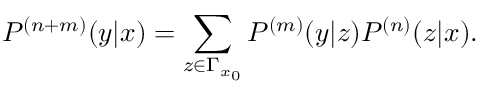
P ^ { ( n + m ) } ( y | x ) = \sum _ { z \in \Gamma _ { x _ { 0 } } } P ^ { ( m ) } ( y | z ) P ^ { ( n ) } ( z | x ) .